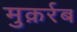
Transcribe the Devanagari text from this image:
मुक़र्रब